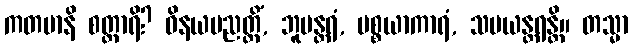
ကတမာနိ စတ္တာရိ? ဝိနယပညတ္တိံ, ဘူမန္တရံ, ပစ္စယာကာရံ, သမယန္တရန္တိ။ တသ္မာ